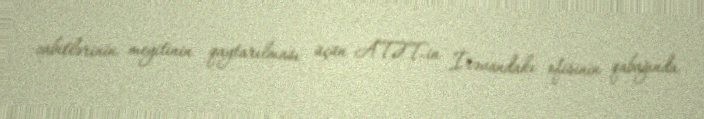
zabitlərinin meyitinin qaytarılması üçün ATƏT-in İrəvandakı ofisinin qabağında